Insane asylums in Bengal annual reports 1876-1887 - 1876-1887
Year: 1876
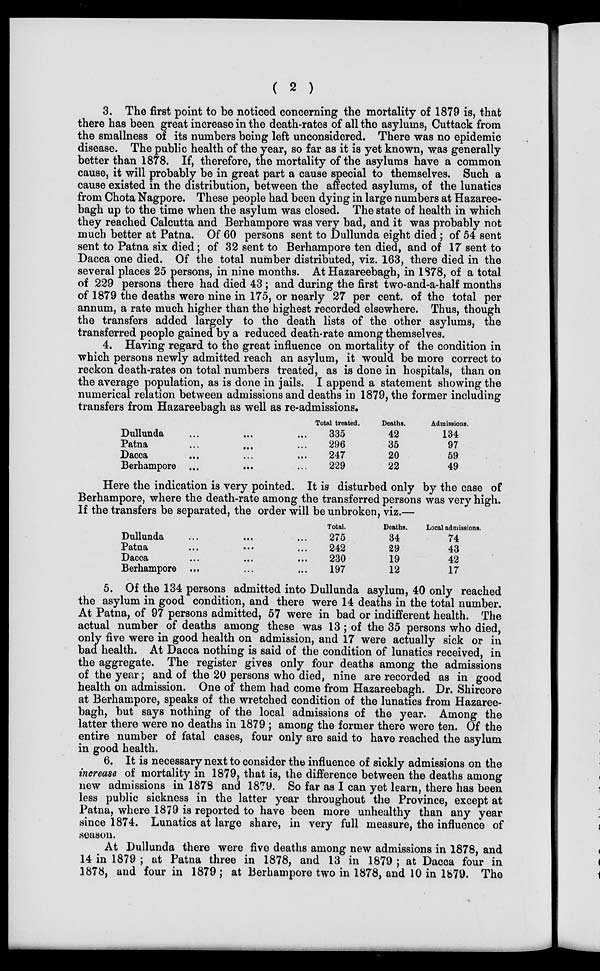
( 2 )
3. The first point to be noticed concerning the mortality of 1879 is, that
there has been great increase in the death-rates of all the asylums, Cuttack from
the smallness of its numbers being left unconsidered. There was no epidemic
disease. The public health of the year, so far as it is yet known, was generally
better than 1878. If, therefore, the mortality of the asylums have a common
cause, it will probably be in great part a cause special to themselves. Such a
cause existed in the distribution, between the affected asylums, of the lunatics
from Chota Nagpore. These people had been dying in large numbers at Hazaree-
bagh up to the time when the asylum was closed. The state of health in which
they reached Calcutta and Berhampore was very bad, and it was probably not
much better at Patna. Of 60 persons sent to Dullunda eight died; of 54 sent
sent to Patna six died; of 32 sent to Berhampore ten died, and of 17 sent to
Dacca one died. Of the total number distributed, viz. 163, there died in the
several places 25 persons, in nine months. At Hazareebagh, in 1878, of a total
of 229 persons there had died 43; and during the first two-and-a-half months
of 1879 the deaths were nine in 175, or nearly 27 per cent. of the total per
annum, a rate much higher than the highest recorded elsewhere. Thus, though
the transfers added largely to the death lists of the other asylums, the
transferred people gained by a reduced death-rate among themselves.
4. Having regard to the great influence on mortality of the condition in
which persons newly admitted reach an asylum, it would be more correct to
reckon death-rates on total numbers treated, as is done in hospitals, than on
the average population, as is done in jails. I append a statement showing the
numerical relation between admissions and deaths in 1879, the former including
transfers from Hazareebagh as well as re-admissions.
Dullunda ... ... ...
Patna ... ... ...
Dacca ... ... ...
Berhampore ... ...
Total treated.
335
296
247
229
Deaths.
42
35
20
22
Admissions.
134
97
59
49
Here the indication is very pointed. It is disturbed only by the case of
Berhampore, where the death-rate among the transferred persons was very high.
If the transfers be separated, the order will be unbroken, viz.—
Dullunda ... ... ...
Patna
...
...
...
Dacca ... ... ...
Berhampore ... ... ...
Total.
275
242
230
197
Deaths.
34
29
19
12
Local admissions.
74
43
42
17
5. Of the 134 persons admitted into Dullunda asylum, 40 only reached
the asylum in good condition, and there were 14 deaths in the total number.
At Patna, of 97 persons admitted, 57 were in bad or indifferent health. The
actual number of deaths among these was 13; of the 35 persons who died,
only five were in good health on admission, and 17 were actually sick or in
bad health. At Dacca nothing is said of the condition of lunatics received, in
the aggregate. The register gives only four deaths among the admissions
of the year; and of the 20 persons who died, nine are recorded as in good
health on admission. One of them had come from Hazareebagh. Dr. Shircore
at Berhampore, speaks of the wretched condition of the lunatics from Hazaree-
bagh, but says nothing of the local admissions of the year. Among the
latter there were no deaths in 1879 ; among the former there were ten. Of the
entire number of fatal cases, four only are said to have reached the asylum
in good health.
6. It is necessary next to consider the influence of sickly admissions on the
increase of mortality in 1879, that is, the difference between the deaths among
new admissions in 1878 and 1879. So far as I can yet learn, there has been
less public sickness in the latter year throughout the Province, except at
Patna, where 1879 is reported to have been more unhealthy than any year
since 1874. Lunatics at large share, in very full measure, the influence of
season.
At Dullunda there were five deaths among new admissions in 1878, and
14 in 1879 ; at Patna three in 1878, and 13 in 1879 ; at Dacca four in
1878, and four in 1879 ; at Berhampore two in 1878, and 10 in 1879. The